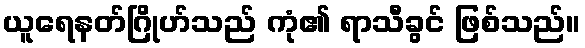
ယူရေနတ်ဂြိုဟ်သည် ကုံ၏ ရာသီခွင် ဖြစ်သည်။